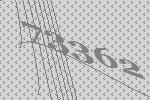
73362